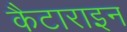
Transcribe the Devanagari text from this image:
कैटाराइन